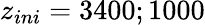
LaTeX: z_{ini}=3400;1000